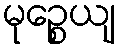
မုဉ္စေယျ